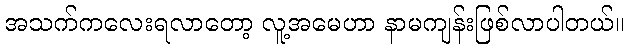
အသက်ကလေးရလာတော့ လူ့အမေဟာ နာမကျန်းဖြစ်လာပါတယ်။